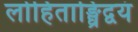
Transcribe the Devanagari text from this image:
लोहिताङ्घ्रिद्वयं